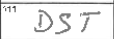
Transcription: DST